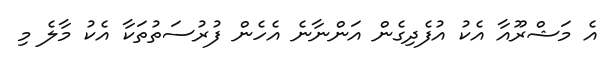
އެ މަޝްރޫއާ އެކު އުފެދިގެން އަންނާނެ އެހެން ފުރުސަތުތަކާ އެކު މާލެ މި